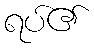
ရပ်၏